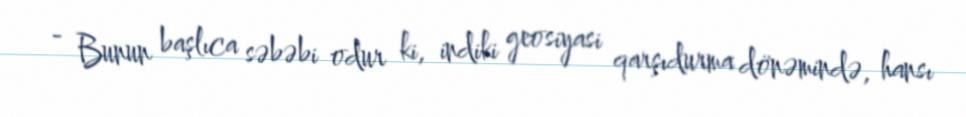
- Bunun başlıca səbəbi odur ki, indiki geosiyasi qarşıdurma dönəmində, hansı